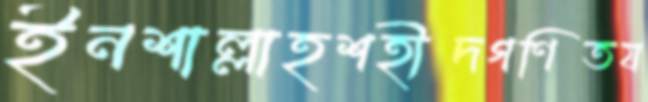
ইনশাল্লাহশহীদগণিতয